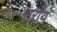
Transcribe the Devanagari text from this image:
सरांय